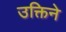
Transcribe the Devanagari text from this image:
उक्तिने